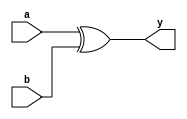
module xorgate(input a,b, output y);
  assign y= a^b;
endmodule

module andgate(input a,b, output z);
  assign z= ~a&b;
endmodule

module hs(input a,b, output d, bout);
  xorgate x1( a,b,d);
  andgate x2( a,b,bout);
endmodule 

module fs(input a,b,bin, output d, bout);
  wire s,w0,w1;
  hs su1(a,b,s,w0);
  hs su2(s,bin,d,w1);
  
  assign bout= w1 | w0;
endmodule